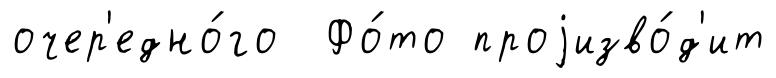
очер'едно́го Фо́то проjизво́д'ит